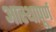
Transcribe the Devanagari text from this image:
आस्थापूर्ण